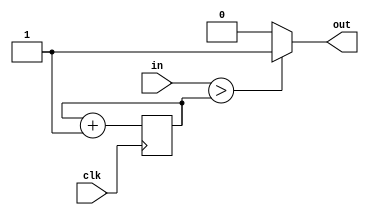
module PWM(clk,in,out);
input clk;
input [7:0]in;
reg [7:0]cnt=0;
output out;
always @(posedge clk)begin
    cnt=cnt+1;
end
assign out=(in>cnt)?1'b1:1'b0;
endmodule